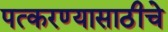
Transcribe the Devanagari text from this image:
पत्करण्यासाठीचे